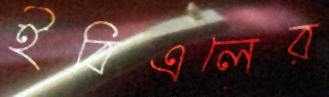
ইবিএলের